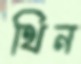
থিন